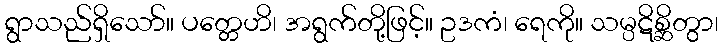
ရွာသည်ရှိသော်။ ပတ္တေဟိ၊ အရွက်တို့ဖြင့်။ ဥဒကံ၊ ရေကို။ သမ္ပဋိစ္ဆိတွာ၊